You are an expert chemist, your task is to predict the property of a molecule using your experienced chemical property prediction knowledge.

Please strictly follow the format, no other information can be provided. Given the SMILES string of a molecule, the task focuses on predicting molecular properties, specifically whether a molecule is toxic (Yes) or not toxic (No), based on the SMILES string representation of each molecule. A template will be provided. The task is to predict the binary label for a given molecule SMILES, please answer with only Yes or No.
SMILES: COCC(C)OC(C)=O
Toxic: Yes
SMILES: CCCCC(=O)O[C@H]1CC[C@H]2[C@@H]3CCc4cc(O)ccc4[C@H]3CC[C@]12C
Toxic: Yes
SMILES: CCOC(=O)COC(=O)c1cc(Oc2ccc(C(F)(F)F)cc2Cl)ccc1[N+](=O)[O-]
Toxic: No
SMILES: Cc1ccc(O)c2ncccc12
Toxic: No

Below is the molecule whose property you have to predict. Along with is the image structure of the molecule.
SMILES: CCOC(=O)c1ccc(N)cc1
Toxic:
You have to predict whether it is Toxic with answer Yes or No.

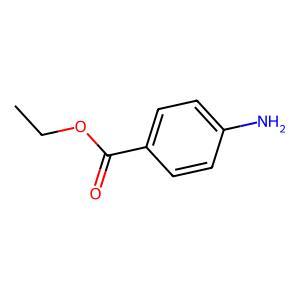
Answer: No